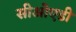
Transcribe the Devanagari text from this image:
सीओएडी